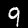
Label: 9